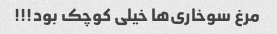
مرغ سوخاری‌ها خیلی کوچک بود!!!